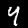
Label: 4